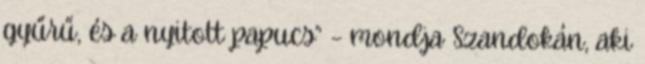
gyűrű, és a nyitott papucs” – mondja Szandokán, aki